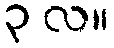
၃ လ။